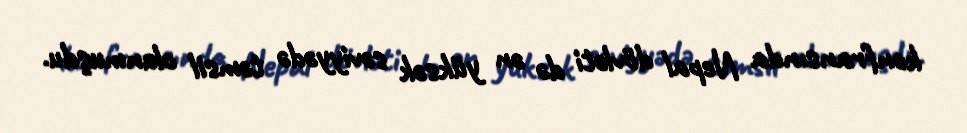
konfransında Nepal dövləti də ən yüksək səviyyədə təmsil olunmuşdu.